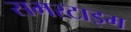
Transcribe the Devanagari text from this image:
समरटाइम